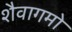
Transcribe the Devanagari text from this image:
शैवागमो